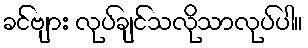
ခင်ဗျား လုပ်ချင်သလိုသာလုပ်ပါ။